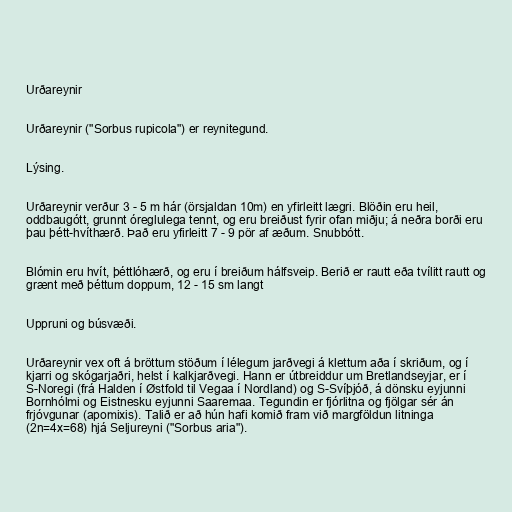
Urðareynir

Urðareynir ("Sorbus rupicola") er reynitegund.

Lýsing.

Urðareynir verður 3 - 5 m hár (örsjaldan 10m) en yfirleitt lægri. Blöðin eru heil,
oddbaugótt, grunnt óreglulega tennt, og eru breiðust fyrir ofan miðju; á neðra borði eru
þau þétt-hvíthærð. Það eru yfirleitt 7 - 9 pör af æðum. Snubbótt.

Blómin eru hvít, þéttlóhærð, og eru í breiðum hálfsveip. Berið er rautt eða tvílitt rautt og
grænt með þéttum doppum, 12 - 15 sm langt

Uppruni og búsvæði.

Urðareynir vex oft á bröttum stöðum í lélegum jarðvegi á klettum aða í skriðum, og í
kjarri og skógarjaðri, helst í kalkjarðvegi. Hann er útbreiddur um Bretlandseyjar, er í
S-Noregi (frá Halden í Østfold til Vegaa í Nordland) og S-Svíþjóð, á dönsku eyjunni
Bornhólmi og Eistnesku eyjunni Saaremaa. Tegundin er fjórlitna og fjölgar sér án
frjóvgunar (apomixis). Talið er að hún hafi komið fram við margföldun litninga
(2n=4x=68) hjá Seljureyni ("Sorbus aria").